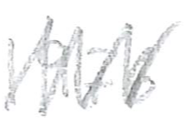
Text: 1976
Cross-out: zig-zag
Writing tool: pencil